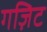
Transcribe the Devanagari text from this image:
गज़िट